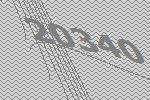
20340